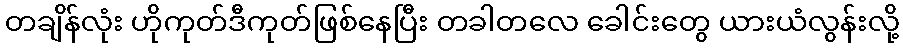
တချိန်လုံး ဟိုကုတ်ဒီကုတ်ဖြစ်နေပြီး တခါတလေ ခေါင်းတွေ ယားယံလွန်းလို့